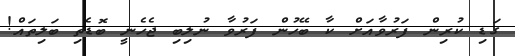
ގަޑި ކުރިން ފަރުވާއަށް ކާ ބޭހުން ފަރުވާ ނުލިބި ޖެހެނީ ބޮޑެތި ބަލިތައް!